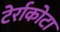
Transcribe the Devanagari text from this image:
टेर्राकोटा